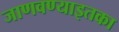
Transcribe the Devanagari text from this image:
जाणवण्याइतका